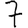
Digit: 7